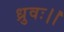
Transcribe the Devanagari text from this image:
ध्रुवः।।